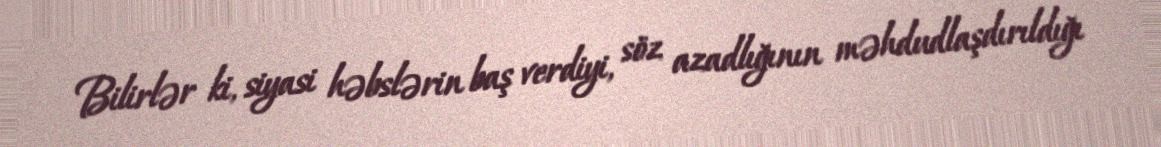
Bilirlər ki, siyasi həbslərin baş verdiyi, söz azadlığının məhdudlaşdırıldığı